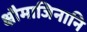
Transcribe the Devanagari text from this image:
क्षौमाजिनानि